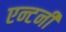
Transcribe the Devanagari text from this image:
एन्टनी